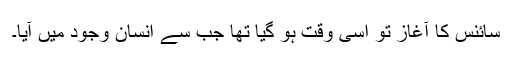
سائنس کا آغاز تو اسی وقت ہو گیا تھا جب سے انسان وجود میں آیا۔